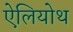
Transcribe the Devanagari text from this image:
ऐलियोथ